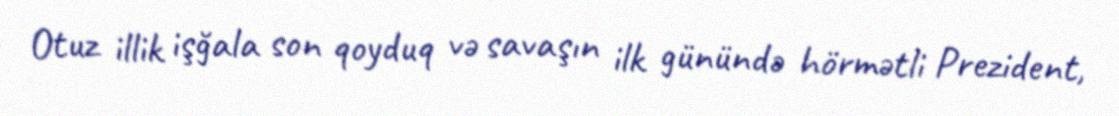
Otuz illik işğala son qoyduq və savaşın ilk günündə hörmətli Prezident,